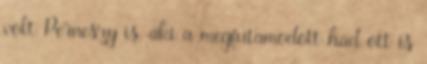
volt Perneszy is, aki a megfutamodott had ott is